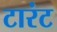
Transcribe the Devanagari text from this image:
टारंट